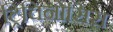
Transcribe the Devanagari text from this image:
ट्रिचिनोसिस